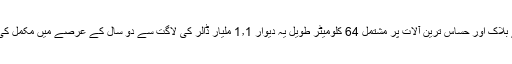
سیمنٹ کے بلاک اور حساس ترین آلات پر مشتمل 64 کلومیٹر طویل یہ دیوار 1٫1 ملیار ڈالر کی لاگت سے دو سال کے عرصے میں مکمل کی جائے گی۔